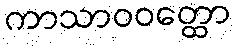
ကာသာဝဝတ္ထော